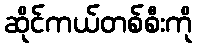
ဆိုင်ကယ်တစ်စီးကို